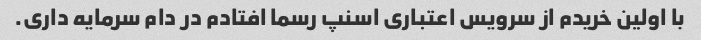
با اولین خریدم از سرویس اعتباری اسنپ رسما افتادم در دام سرمایه داری.